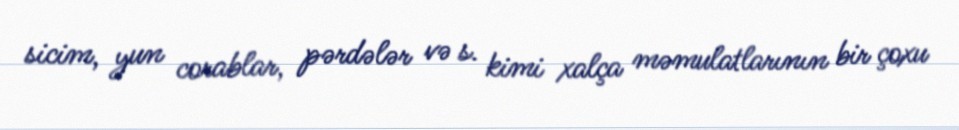
sicim, yun corablar, pərdələr və s. kimi xalça məmulatlarının bir çoxu